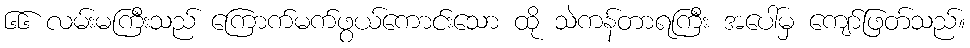
၆၆ လမ်းမကြီးသည် ကြောက်မက်ဖွယ်ကောင်းသော ထို သဲကန်တာရကြီး အပေါ်မှ ကျော်ဖြတ်သည်။